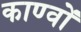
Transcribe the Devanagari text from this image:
काण्वों